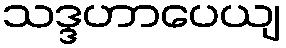
သဒ္ဒဟာပေယျ